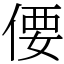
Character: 偠